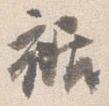
裾